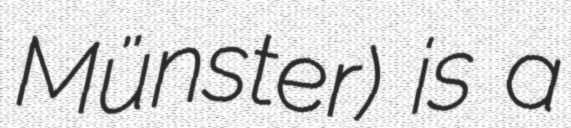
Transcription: Münster) is a